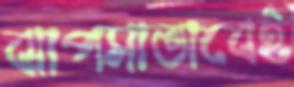
ঝাপসাভাবেই